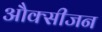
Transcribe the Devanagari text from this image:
औक्सीजन